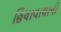
હિયાવાથાની